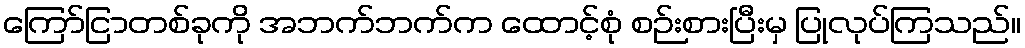
ကြော်ငြာတစ်ခုကို အဘက်ဘက်က ထောင့်စုံ စဉ်းစားပြီးမှ ပြုလုပ်ကြသည်။